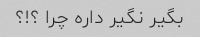
بگیر نگیر داره چرا ‌؟!؟